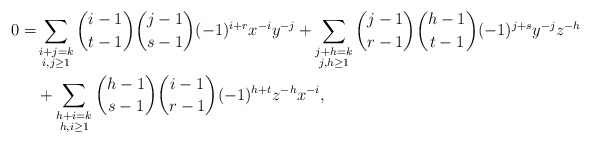
\begin{align*}0=& \sum_{\substack{i+j=k\\i,j\ge1}}\binom{i-1}{t-1}\binom{j-1}{s-1}(-1)^{i+r} x^{-i}y^{-j} + \sum_{\substack{j+h=k\\j,h\ge1}}\binom{j-1}{r-1}\binom{h-1}{t-1}(-1)^{j+s} y^{-j}z^{-h}\\ & + \sum_{\substack{h+i=k\\h,i\ge1}}\binom{h-1}{s-1}\binom{i-1}{r-1}(-1)^{h+t} z^{-h}x^{-i},\end{align*}